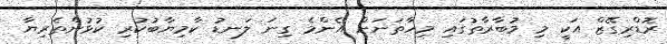
ރޮޑްރިގޭޒް އަކީ މި މުބާރާތުގައި މިހާތަނަށް އެންމެ ގިނަ ލަނޑު ކާމިޔާބުކުރި ކުޅުންތެރިޔާ